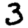
Digit: 3